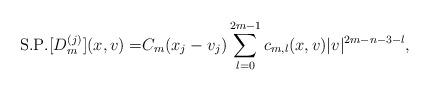
LaTeX: \begin{align*}\mathrm{S. P.}[D_{m}^{(j)}](x,v)=&C_{m}(x_{j}-v_{j})\sum_{l=0}^{2m-1}c_{m,l}(x,v)|v|^{2m-n-3-l},\end{align*}